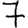
Digit: 7